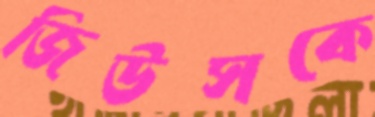
জিউসকে